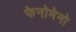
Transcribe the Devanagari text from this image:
फेनोमेनो